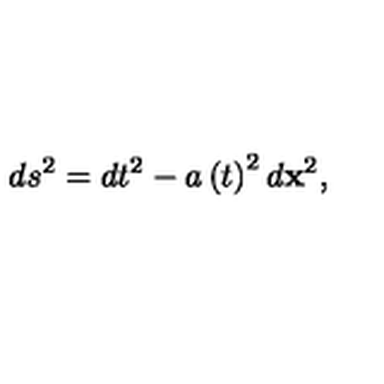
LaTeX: d s ^ { 2 } = d t ^ { 2 } - a \left( t \right) ^ { 2 } d \mathbf { x } ^ { 2 } ,